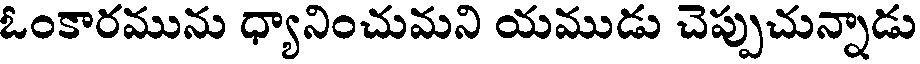
ఓంకారమును ధ్యానించుమని యముడు చెప్పుచున్నాడు